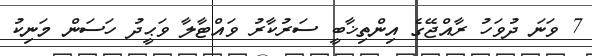
7 ވަނަ ދުވަހު ރާއްޖޭގެ އިންތިޚާބީ ސަރުކާރު ވައްޓާލާ ވަޙީދު ހަސަން މަނިކު